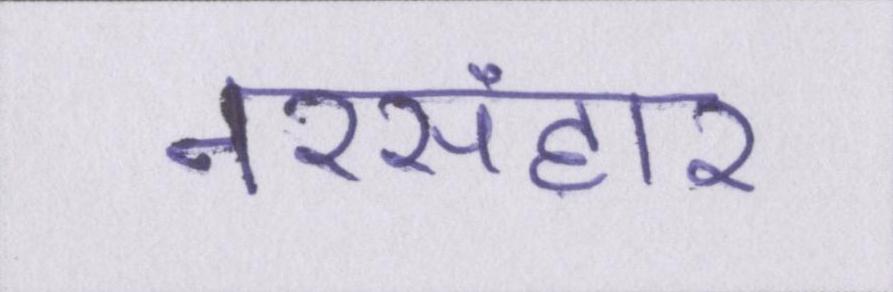
नरसंहार